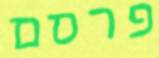
פרסם